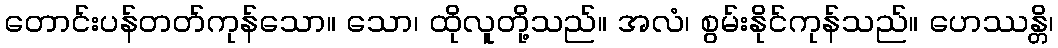
တောင်းပန်တတ်ကုန်သော။ သော၊ ထိုလူတို့သည်။ အလံ၊ စွမ်းနိုင်ကုန်သည်။ ဟေဿန္တိ၊